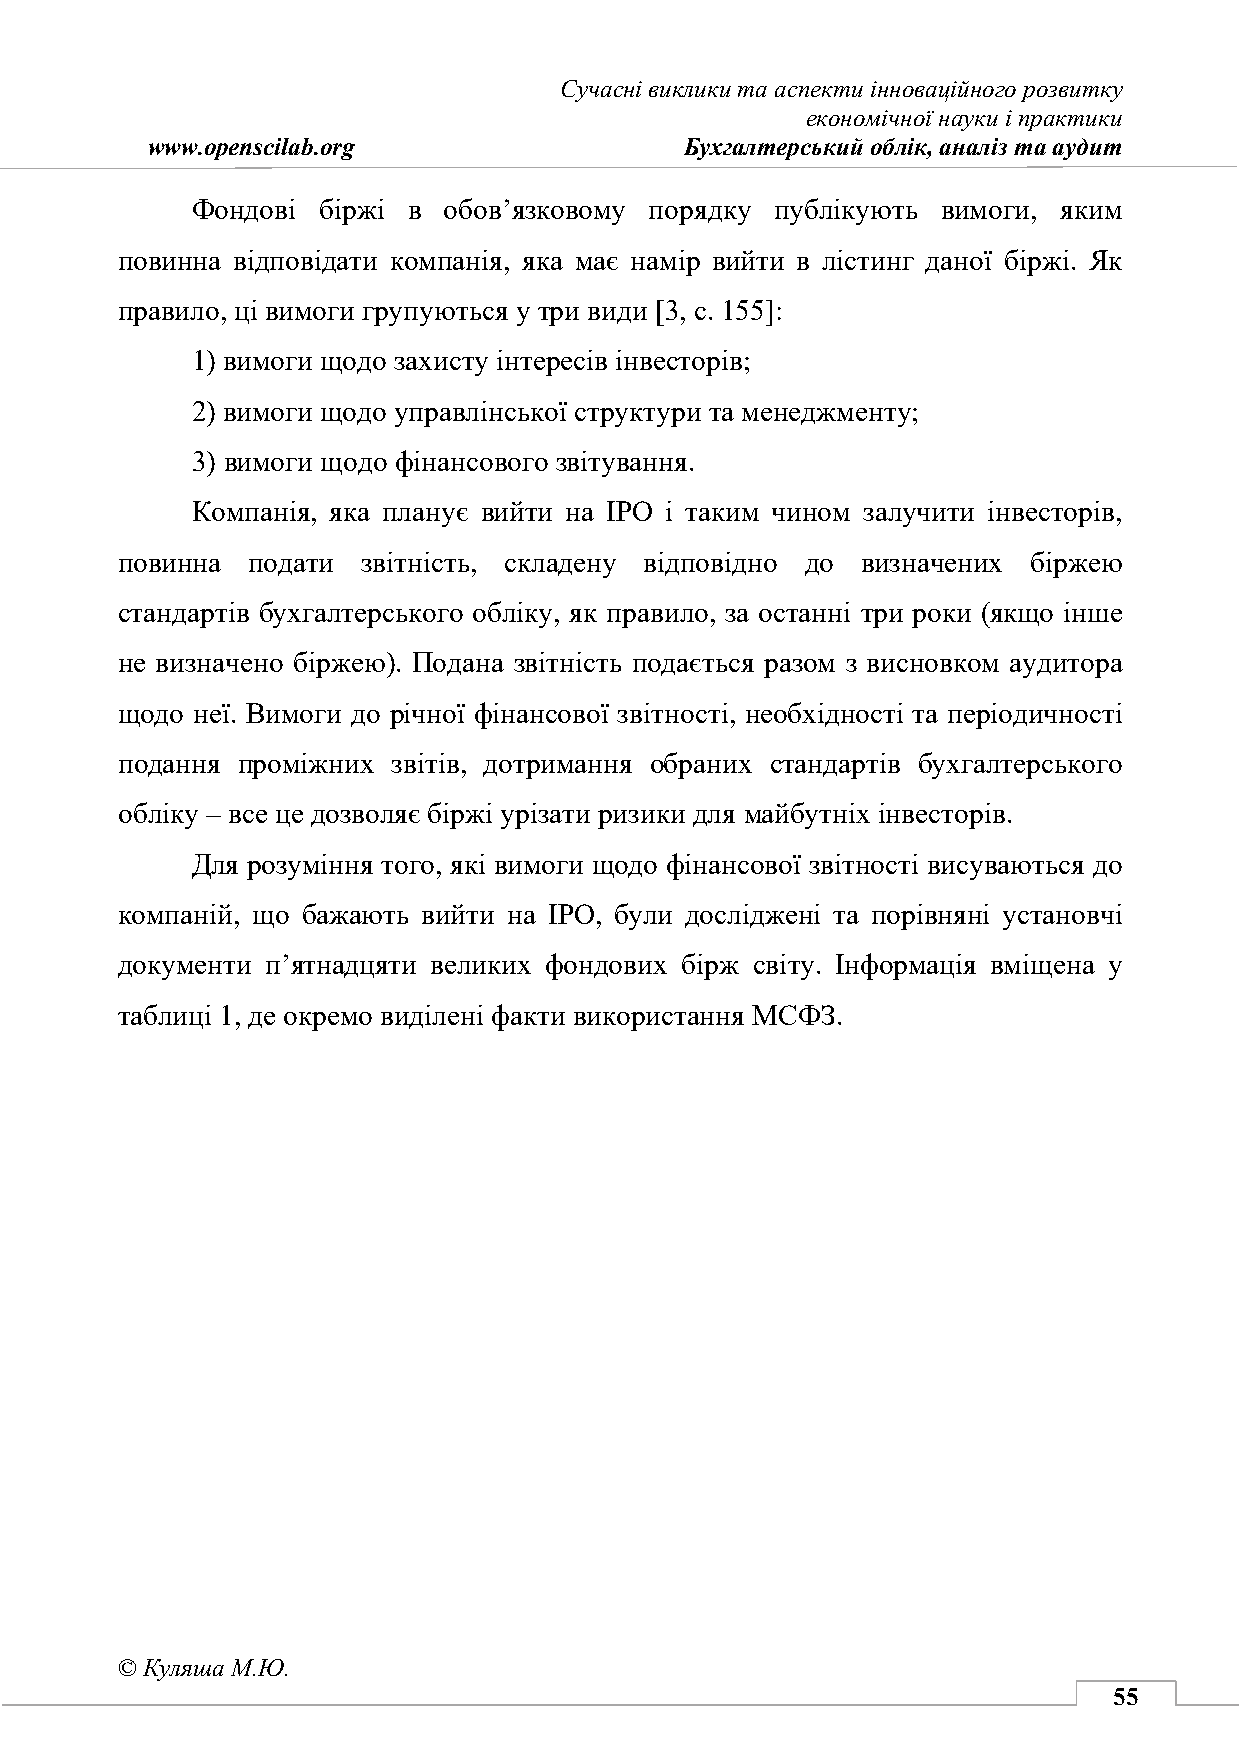
Сучасні виклики та аспекти інноваційного розвитку
 економічної науки і практики
 www.openscilab.org                 Бухгалтерський облік, аналіз та аудит
 Фондові біржі в обов’язковому порядку публікують вимоги, яким
 повинна відповідати компанія, яка має намір вийти в лістинг даної біржі. Як
 правило, ці вимоги групуються у три види [3, с. 155]:
 1) вимоги щодо захисту інтересів інвесторів;
 2) вимоги щодо управлінської структури та менеджменту;
 3) вимоги щодо фінансового звітування.
 Компанія, яка планує вийти на IPO і таким чином залучити інвесторів,
 повинна подати  звітність, складену відповідно до визначених біржею
 стандартів бухгалтерського обліку, як правило, за останні три роки (якщо інше
 не визначено біржею). Подана звітність подається разом з висновком аудитора
 щодо неї. Вимоги до річної фінансової звітності, необхідності та періодичності
 подання проміжних звітів, дотримання обраних стандартів бухгалтерського
 обліку – все це дозволяє біржі урізати ризики для майбутніх інвесторів.
 Для розуміння того, які вимоги щодо фінансової звітності висуваються до
 компаній, що бажають вийти на IPO, були досліджені та порівняні установчі
 документи п’ятнадцяти великих фондових бірж світу. Інформація вміщена у
 таблиці 1, де окремо виділені факти використання МСФЗ.
 © Куляша М.Ю.
 55